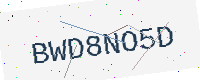
Text: BWD8NO5D